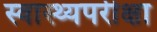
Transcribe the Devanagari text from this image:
स्वास्थ्यपरीक्षा